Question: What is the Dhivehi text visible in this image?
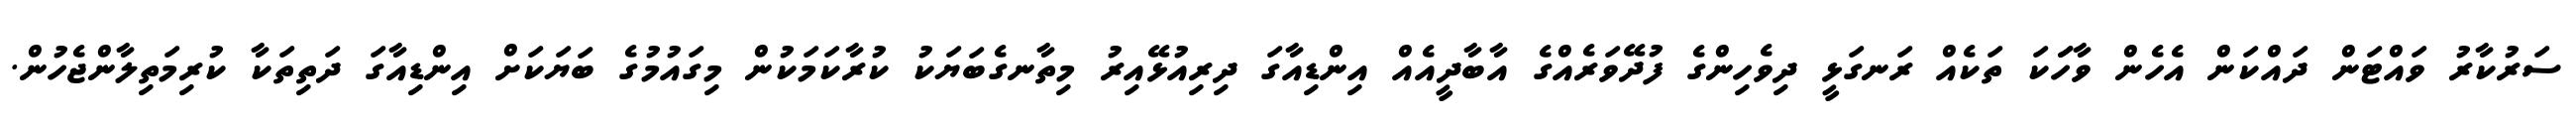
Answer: ސަރުކާރު ވައްޓަން ދައްކަން އެހެން ވާހަަކަ ތަކެއް ރަނގަޅީ ދިވެހިންގެ ފުދޭވަރެއްގެ އާބާދީއެއް އިންޑިއާގަ ދިރިއުޅޭއިރު މިތާނގެބަޔަކު ކުރާކަމަކުން މިގައުމުގެ ބަޔަކަށް އިންޑިއާގަ ދަތިތަކާ ކުރިމަތިލާންޖެހުން.